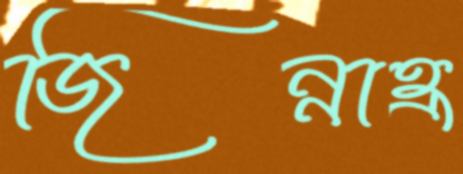
জিন্নাহ্র